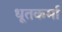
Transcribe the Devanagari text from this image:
धूतकर्मा